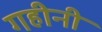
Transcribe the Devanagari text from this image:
गहीनी